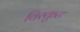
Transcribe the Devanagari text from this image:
विस्कुट